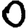
Digit: 0